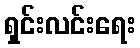
ရှင်းလင်းရေး